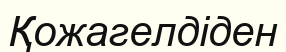
Қожагелдіден